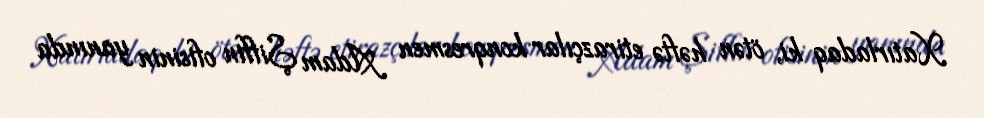
Xatırladaq ki, ötən həftə etirazçılar konqresmen Adam Şiffin ofisinin yanında